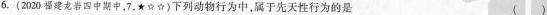
6. (2020福建龙岩四中期中，7，★☆☆)下列动物行为中，属于先天性行为的是 （）